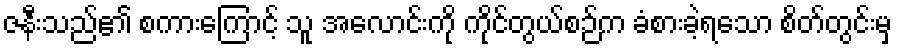
ဇနီးသည်၏ စကားကြောင့် သူ အလောင်းကို ကိုင်တွယ်စဉ်က ခံစားခဲ့ရသော စိတ်တွင်းမှ